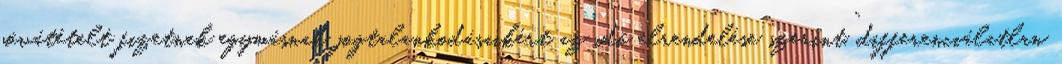
jóvátételt fizetnek egymásnak jogtalankodásaikért az idő elrendelése szerint.” differenciálatlan